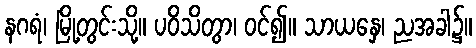
နဂရံ၊ မြို့တွင်းသို့။ ပဝိသိတွာ၊ ဝင်၍။ သာယနှေ၊ ညအခါ၌။